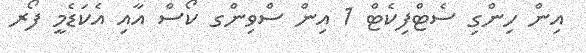
އިން ހިންގި ސެޓްފިކެޓް 1 އިން ސްވިންގ ކޯސް އާއި އެކަޑެމީ ފޯރ